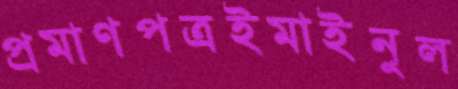
প্রমাণপত্রইমাইনুল